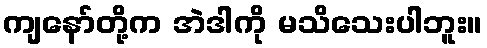
ကျနော်တို့က အဲဒါကို မသိသေးပါဘူး။